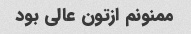
ممنونم ازتون عالی بود